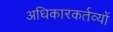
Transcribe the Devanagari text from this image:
अधिकारकर्तव्यों